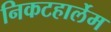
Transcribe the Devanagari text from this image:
निकटहार्लेम